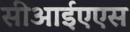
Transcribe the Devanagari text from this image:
सीआईएएस